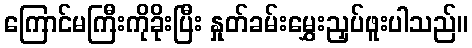
ကြောင်မကြီးကိုခိုးပြီး နှုတ်ခမ်းမွှေးညှပ်ဖူးပါသည်။